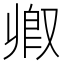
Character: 𫩃